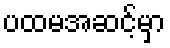
ပထမအဆင့်မှာ